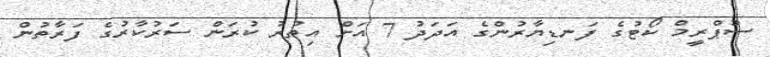
ސުޕްރީމް ކޯޓުގެ ފަނޑިޔާރުންގެ އަދަދު 7 އަށް އިތުރު ކުރަން ސަރުކާރުގެ ފަރާތުން